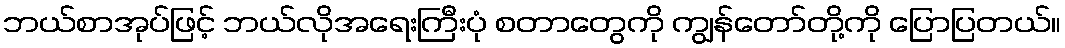
ဘယ်စာအုပ်ဖြင့် ဘယ်လိုအရေးကြီးပုံ စတာတွေကို ကျွန်တော်တို့ကို ပြောပြတယ်။